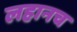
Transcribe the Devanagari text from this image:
लहानच